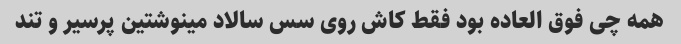
همه چی فوق العاده بود فقط کاش روی سس سالاد مینوشتین پرسیر و تند